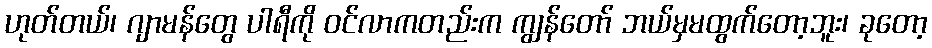
ဟုတ်တယ်၊ ဂျာမန်တွေ ပါရီကို ဝင်လာကတည်းက ကျွန်တော် ဘယ်မှမထွက်တော့ဘူး၊ ခုတော့